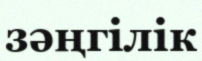
зәңгілік